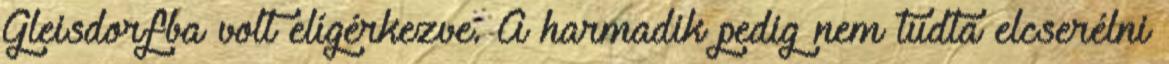
Gleisdorfba volt elígérkezve. A harmadik pedig nem tudta elcserélni